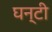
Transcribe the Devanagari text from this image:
घन्टी